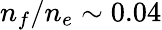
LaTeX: n_{f}/n_{e}\sim 0.04